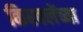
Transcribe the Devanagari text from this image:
किरवलेंच्या